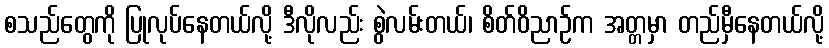
စသည်တွေကို ပြုလုပ်နေတယ်လို့ ဒီလိုလည်း စွဲလမ်းတယ်၊ စိတ်ဝိညာဉ်က အတ္တမှာ တည်မှီနေတယ်လို့